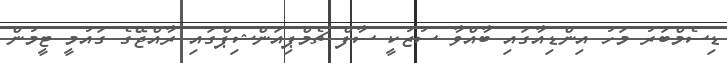
ޑިސެމްބަރު މަހު އިންޑިއާގައި ބާއްވާ ސުޒުކީ ސާފް ޗެމްޕިއަންޝިޕްގައި ރާއްޖޭގެ ގައުމީ ޓީމުން